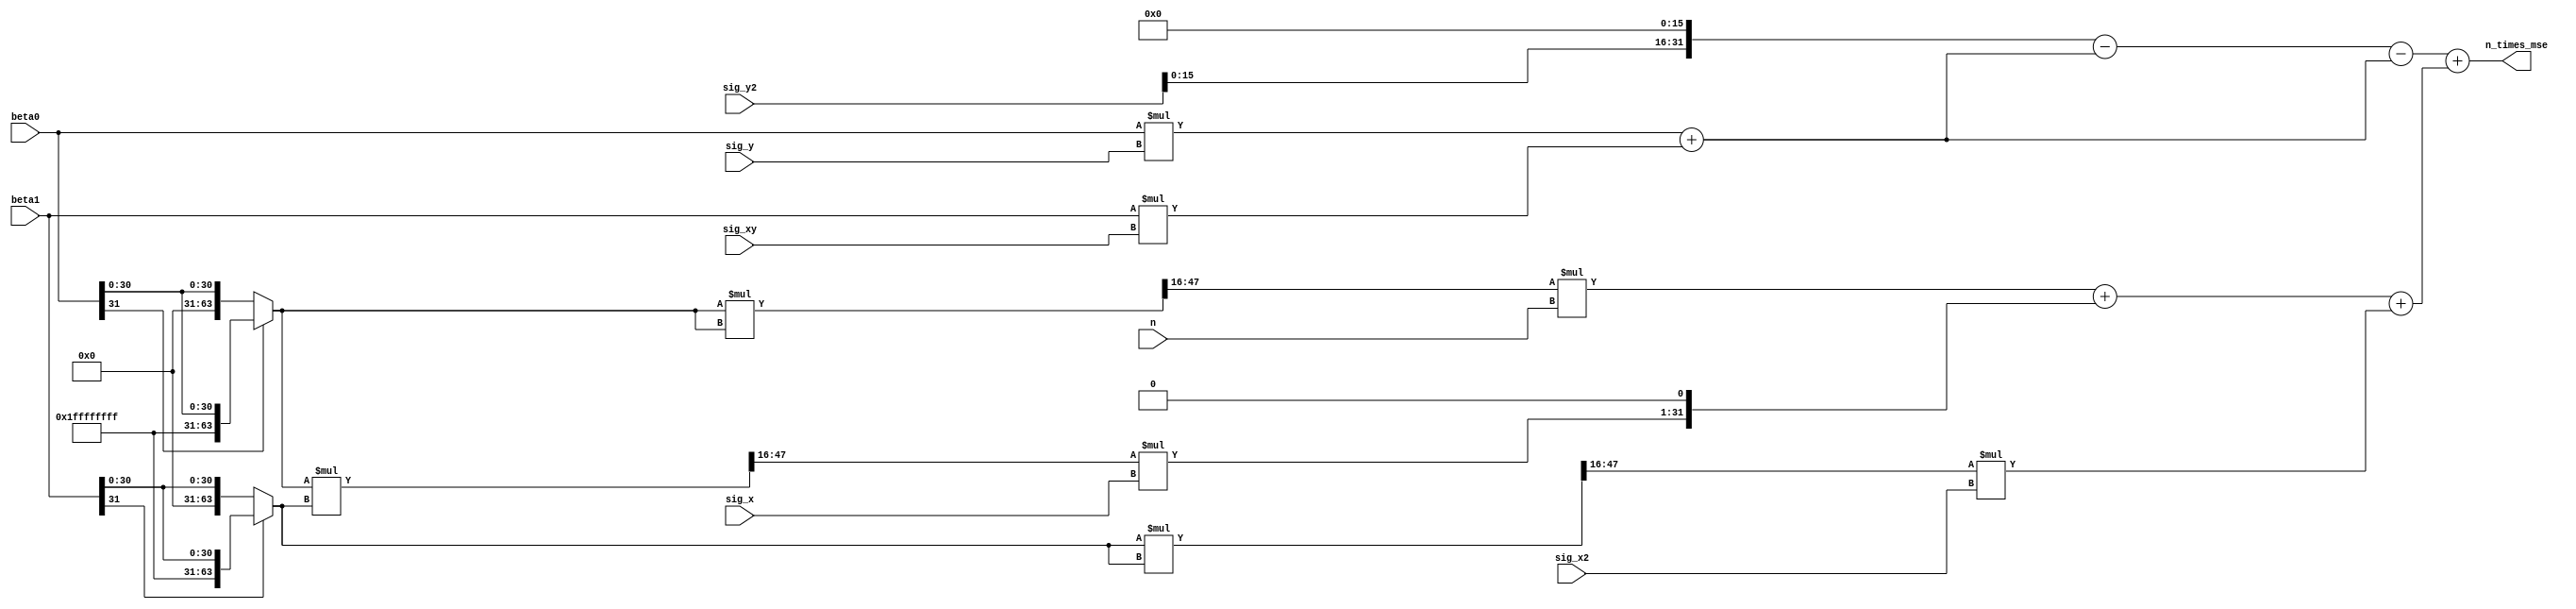
`timescale 1ns / 1ps
//////////////////////////////////////////////////////////////////////////////////
// Company: 
// Engineer: 
// 
// Design Name: 
// Module Name:    nMSE 
// Project Name: 
// Target Devices: 
// Tool versions: 
// Description: 
//
// Dependencies: 
//
// Revision: 
// Revision 0.01 - File Created
// Additional Comments: 
//
//////////////////////////////////////////////////////////////////////////////////
module nMSE(n, sig_x, sig_y, sig_xy, sig_x2, sig_y2, beta0, beta1, n_times_mse);
	input [15:0] n;
	input [15:0] sig_x;
	input [15:0] sig_y;
	input [31:0] sig_xy, sig_y2, sig_x2;
	input [31:0] beta0;
	input [31:0] beta1;
	
	output [31:0] n_times_mse;
	
	wire [31:0] yy;
	wire [31:0] yxb;
	wire [31:0] bxy;
	wire [31:0] bxxb;
	wire [63:0] beta0ext = (beta0[31] == 1'b1) ? {32'H FFFFFFFF, beta0} : {32'H 0, beta0}; 
	wire [63:0] beta1ext = (beta1[31] == 1'b1) ? {32'H FFFFFFFF, beta1} : {32'H 0, beta1}; 
	wire [63:0] beta0_2_temp = beta0ext*beta0ext;//32,32
	wire [63:0] beta1_2_temp = beta1ext*beta1ext;
	wire [63:0] beta0_beta1_temp = beta0ext*beta1ext;
	wire [31:0] beta0_2 = beta0_2_temp[47:16];//32,32
	wire [31:0] beta1_2 = beta1_2_temp[47:16];
	wire [31:0] beta0_beta1 = beta0_beta1_temp[47:16];
	
	assign yy = sig_y2<<16;
	assign yxb = (beta0*sig_y)+(beta1*sig_xy);//48,16
	assign bxy = (beta0*sig_y)+(beta1*sig_xy);
	assign bxxb = (beta0_2*n) + ((beta0_beta1*sig_x)<<1) + (beta1_2*sig_x2);//32,32
	//assign bxxb = (beta0_beta1*sig_x);
		
	/* mse = (1/n)*(y'y - y'xb - b'x'y + b'x'xb) */
	//assign n_times_mse = sig_y2<<16 - (2 * ((beta0*sig_y)+(beta1*sig_xy))) + (((beta0*beta0*n) + (2*(beta0*beta1*sig_x)) + (beta1*beta1*sig_x2)));
	assign n_times_mse = yy - yxb - bxy + bxxb;
	/*64+16 - (48,16 + 80,16) + (48,32 + 64,32 + 64,32)>>16*/
endmodule